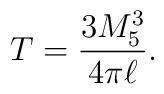
T=\frac{3M_5^3}{4\pi\ell}.